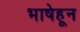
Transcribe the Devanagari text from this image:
भाषेहून